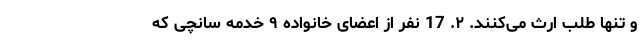
و تنها طلب ارث می‌کنند. ۲. 17 نفر از اعضای خانواده ۹ خدمه سانچی که